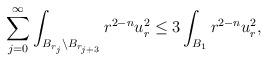
LaTeX: \begin{align*}\sum_{j = 0}^{\infty} \int_{B_{r_{j}}\setminus B_{r_{j+3}}} r^{2-n} u_r^2 \leq 3 \int_{B_{1}} r^{2-n} u_r^2,\end{align*}